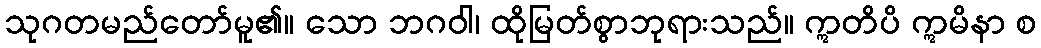
သုဂတမည်တော်မူ၏။ သော ဘဂဝါ၊ ထိုမြတ်စွာဘုရားသည်။ ဣတိပိ ဣမိနာ စ